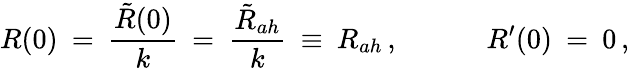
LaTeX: R(0)\: =\: \frac{\tilde{R}(0)}{k}\: =\: \frac{\tilde{R}_{ah}}{k}\: \equiv\: R_{ah}\, ,\; \; \; \; \; \; \; \; \; \; \; R^{\prime}(0)\: =\: 0\, ,